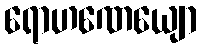
ရောဟဏေယျော